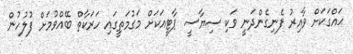
ޙައްގަކަށް ވާއިރު ފެނިގެންދަނީ ވަކި ސިޔާސީ ޕާޓީއަކަށް މަގުމަތީގައި ހަރަކާތް ބޭއްވުމަށް ފުލުހުން